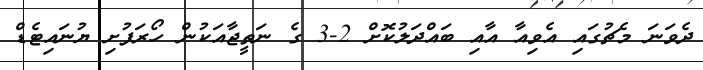
ދެވަނަ މެޗުގައި އެވިއާ އާއި ބައްދަލުކޮށް 2-3 ގެ ނަތީޖާއަކުން ހޯރަފުށި ޔުނައިޓެޑް